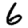
Digit: 6